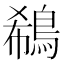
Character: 鵗